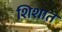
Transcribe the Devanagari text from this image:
शिशात